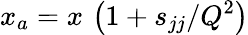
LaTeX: x_{a}=x\, \left(1+{{s_{jj}}}/{Q^{2}}\right)